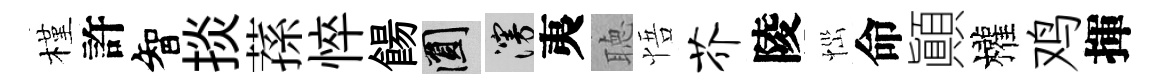
槿許智掞蓀悴餳圓漫夷聴悟芥陵𢙉命顚權鸡揮